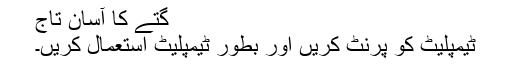
گتے کا آسان تاج
ٹیمپلیٹ کو پرنٹ کریں اور بطور ٹیمپلیٹ استعمال کریں۔